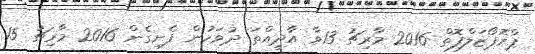
ޕްރޮޕޯޒަލްފޮތް 2016 މާރިޗު 13ވާ އާދީއްތަ ދުވަހުން ފެށިގެން 2016 މާރިޗު 15